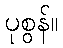
ပုစွန်။